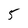
Character: 5